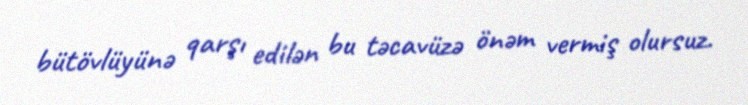
bütövlüyünə qarşı edilən bu təcavüzə önəm vermiş olursuz.